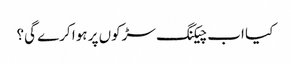
کیا اب چیکنگ سڑکوں پر ہوا کرے گی؟